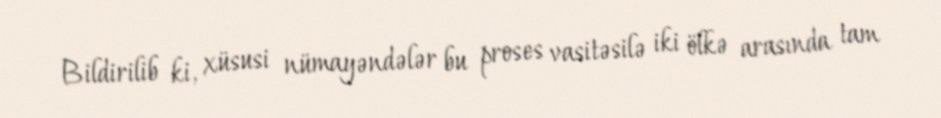
Bildirilib ki, xüsusi nümayəndələr bu proses vasitəsilə iki ölkə arasında tam